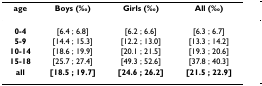
<table><thead><tr><td><b>age</b></td><td><b>Boys (‰)</b></td><td><b>Girls (‰)</b></td><td><b>All (‰)</b></td></tr></thead><tbody><tr><td><b>0-4</b></td><td>[6.4 ; 6.8]</td><td>[6.2 ; 6.6]</td><td>[6.3 ; 6.7]</td></tr><tr><td><b>5-9</b></td><td>[14.4 ; 15.3]</td><td>[12.2 ; 13.0]</td><td>[13.3 ; 14.2]</td></tr><tr><td><b>10-14</b></td><td>[18.6 ; 19.9]</td><td>[20.1 ; 21.5]</td><td>[19.3 ; 20.6]</td></tr><tr><td><b>15-18</b></td><td>[25.7 ; 27.4]</td><td>[49.3 ; 52.6]</td><td>[37.8 ; 40.3]</td></tr><tr><td><b>all</b></td><td><b>[18.5 ; 19.7]</b></td><td><b>[24.6 ; 26.2]</b></td><td><b>[21.5 ; 22.9]</b></td></tr></tbody></table>